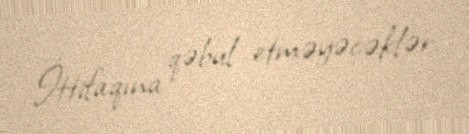
İttifaqına qəbul etməyəcəklər.